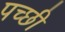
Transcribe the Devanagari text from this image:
पच्‍छी